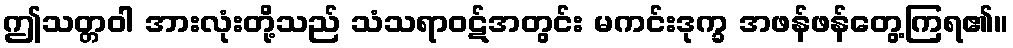
ဤသတ္တဝါ အားလုံးတို့သည် သံသရာဝဋ်အတွင်း မကင်းဒုက္ခ အဖန်ဖန်တွေ့ကြရ၏။